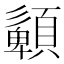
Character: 𩔹